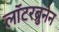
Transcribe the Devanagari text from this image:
लॉटरब्रुनेन